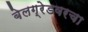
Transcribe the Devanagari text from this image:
बेलग्रेडवरचा